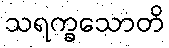
သရက္ခသောတိ